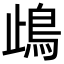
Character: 𩾰